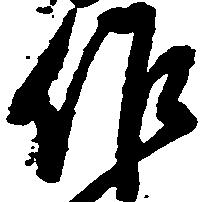
作